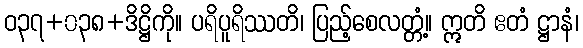
ဝ၃၇+၀၃၈+ဒိဋ္ဌိကို။ ပရိပူရိဿတိ၊ ပြည့်စေလတ္တံ့။ ဣတိ ဧတံ ဋ္ဌာနံ၊